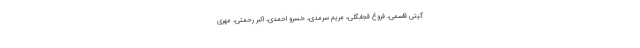
گیتی قاسمی، فروغ قجابگلی، مریم سرمدی، خسرو احمدی، اکبر رحمتی، مهری